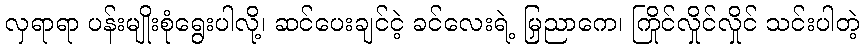
လှရာရာ ပန်းမျိုးစုံရွေးပါလို့၊ ဆင်ပေးချင်ငဲ့ ခင်လေးရဲ့ မြညှာကေ၊ ကြိုင်လှိုင်လှိုင် သင်းပါတဲ့